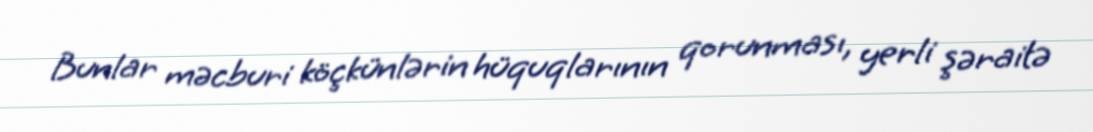
Bunlar məcburi köçkünlərin hüquqlarının qorunması, yerli şəraitə